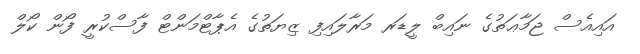
އައިއެސް ޖަމާޢަތުގެ ނައިބް ލީޑަރ މަރާލައިފި ޒިޔަތުގެ އެޕާޓްމަންޓް ފާސްކުރީ ފޯން ކޯލް